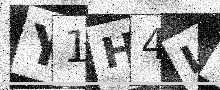
Text: Y1H4L1